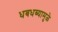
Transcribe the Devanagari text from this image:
धबधब्यामुळे